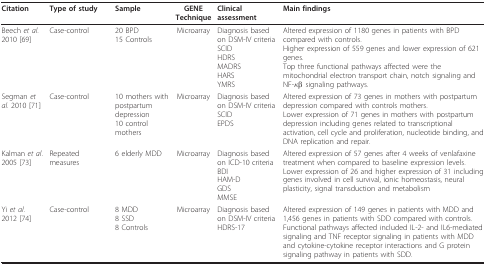
| Citation | Type of study | Sample | GENE Technique | Clinical assessment | Main findings |
 | --- | --- | --- | --- | --- | --- |
 | Beech et al. 2010 [69] | Case-control | 20 BPD15 Controls | Microarray | Diagnosis based on DSM-IV criteriaSCIDHDRSMADRSHARSYMRS | Altered expression of 1180 genes in patients with BPD compared with controls.Higher expression of 559 genes and lower expression of 621 genes.Top three functional pathways affected were the mitochondrial electron transport chain, notch signaling and NF-κβ signaling pathways. |
 | Segman et al. 2010 [71] | Case-control | 10 mothers with postpartum depression10 controlmothers | Microarray | Diagnosis based on DSM-IV criteriaSCIDEPDS | Altered expression of 73 genes in mothers with postpartum depression compared with controls mothers.Lower expression of 71 genes in mothers with postpartum depression including genes related to transcriptional activation, cell cycle and proliferation, nucleotide binding, and DNA replication and repair. |
 | Kalman et al. 2005 [73] | Repeated measures | 6 elderly MDD | Microarray | Diagnosis based on ICD-10 criteriaBDIHAM-DGDSMMSE | Altered expression of 57 genes after 4 weeks of venlafaxine treatment when compared to baseline expression levels.Lower expression of 26 and higher expression of 31 including genes involved in cell survival, ionic homeostasis, neural plasticity, signal transduction and metabolism |
 | Yi et al. 2012 [74] | Case-control | 8 MDD8 SSD8 Controls | Microarray | Diagnosis based on DSM-IV criteriaHDRS-17 | Altered expression of 149 genes in patients with MDD and 1,456 genes in patients with SDD compared with controls.Functional pathways affected included IL-2- and IL6-mediated signaling and TNF receptor signaling in patients with MDD and cytokine-cytokine receptor interactions and G protein signaling pathway in patients with SDD. |